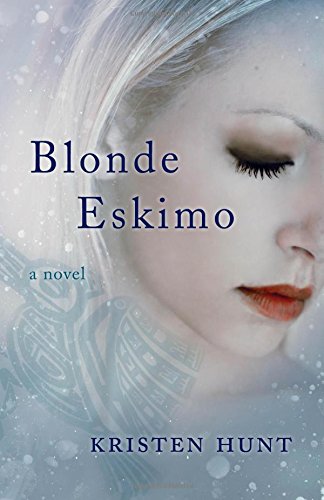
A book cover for Blonde Eskimo: A Novel; Kristen Hunt; Literature & Fiction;